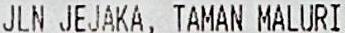
JLN JEJAKA, TAMAN MALURI